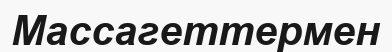
Массагеттермен